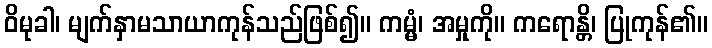
ဝိမုခါ၊ မျက်နှာမသာယာကုန်သည်ဖြစ်၍။ ကမ္မံ၊ အမှုကို။ ကရောန္တိ၊ ပြုကုန်၏။